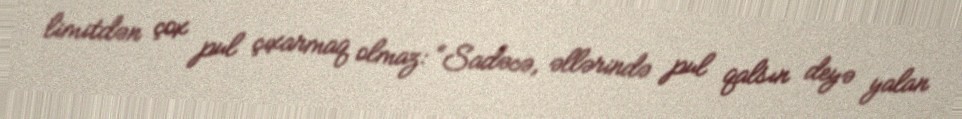
limitdən çox pul çıxarmaq olmaz: “Sadəcə, əllərində pul qalsın deyə yalan